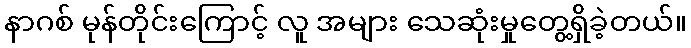
နာဂစ် မုန်တိုင်းကြောင့် လူ အများ သေဆုံးမှုတွေ့ရှိခဲ့တယ်။